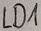
Text: LD1